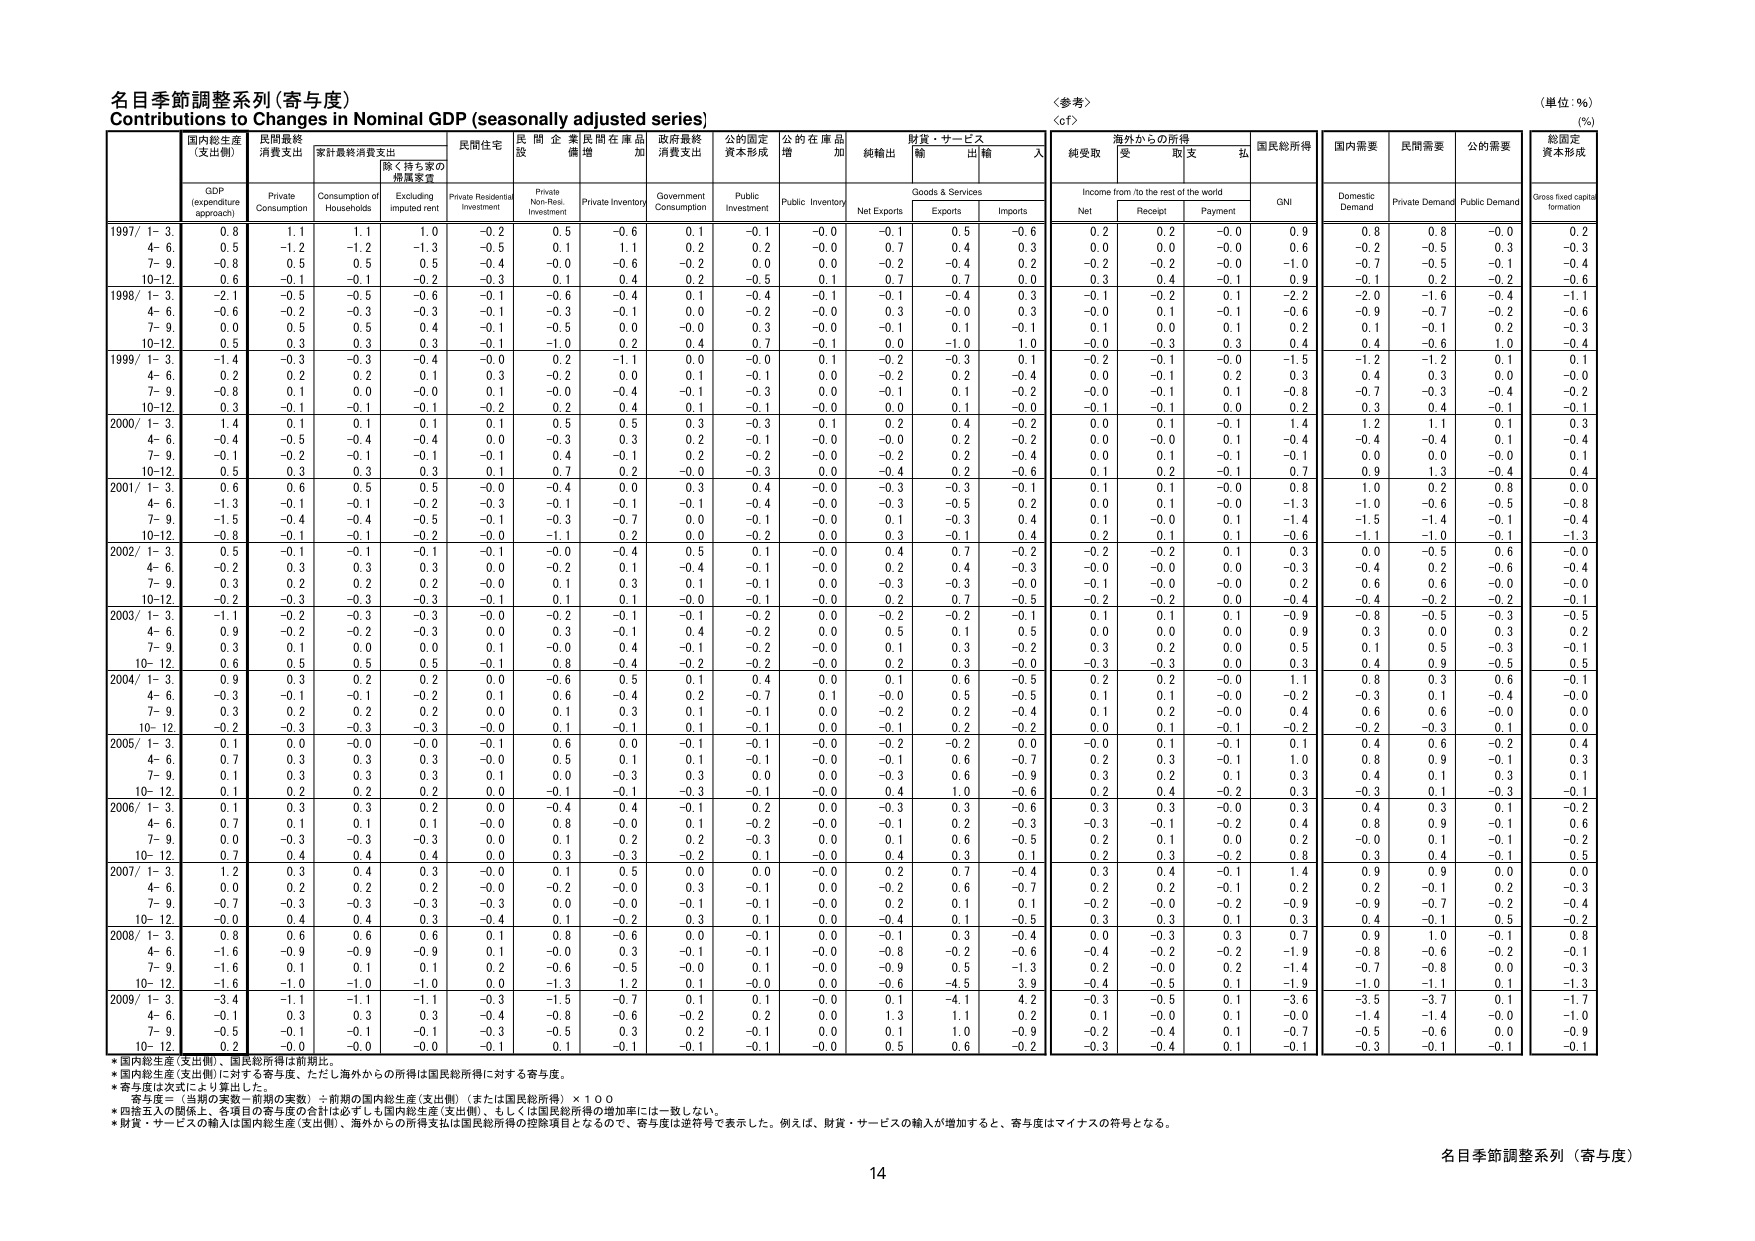
名目季節調整系列（寄与度）
Contributions to Changes in Nominal GDP (seasonally adjusted series)
〈参考〉
〈cf〉
（単位：%）
(%)

国内総生産
(支出側)
民間最終
消費支出
家計最終消費支出
除く持ち家の
賃貸家賃
民間住宅
民間企業
設備増
民間在庫品
加
政府最終
消費支出
公的固定
資本形成
公的在庫品
増
純輸出
財貨・サービス
輸出
輸入
海外からの所得
純受取
受
取支
払
国民総所得
国内需要
民間需要
公的需要
総固定
資本形成

GDP
(expenditure
approach)
Private
Consumption
Consumption of
Households
Excluding
imputed rent
Private Residential
Investment
Private Non-Resi.
Investment
Private Inventory
Government
Consumption
Public
Investment
Public Inventory
Net Exports
Goods & Services
Exports
Imports
Income from /to the rest of the world
Net
Receipt
Payment
GNI
Domestic
Demand
Private Demand
Public Demand
Gross fixed capital
formation

1997/ 1- 3.
0.8
1.1
1.1
1.0
-0.2
0.5
-0.6
0.1
-0.1
-0.0
-0.1
0.5
-0.6
0.2
0.2
-0.0
0.9
0.8
0.8
-0.0
0.2
4- 6.
0.5
-1.2
-1.2
-1.3
-0.5
0.1
1.1
0.2
0.2
-0.0
0.7
0.4
0.3
0.0
0.0
-0.0
0.6
-0.2
-0.5
0.3
-0.3
7- 9.
-0.8
0.5
0.5
0.5
-0.4
-0.0
-0.6
-0.2
0.0
0.0
-0.2
-0.4
0.2
-0.2
-0.2
-0.0
-1.0
-0.7
-0.5
-0.1
-0.4
10-12.
0.6
-0.1
-0.1
-0.2
-0.3
0.1
0.4
0.2
-0.5
0.1
0.7
0.7
0.0
0.3
0.4
-0.1
0.9
-0.1
0.2
-0.2
-0.6

1998/ 1- 3.
-2.1
-0.5
-0.5
-0.6
-0.1
-0.6
-0.4
0.1
-0.4
-0.1
-0.1
-0.4
0.3
-0.1
-0.2
0.1
-2.2
-2.0
-1.6
-0.4
-1.1
4- 6.
-0.6
-0.2
-0.3
-0.3
-0.1
-0.3
-0.1
0.0
-0.2
-0.0
0.3
-0.0
0.3
-0.0
0.1
-0.1
-0.6
-0.9
-0.7
-0.2
-0.6
7- 9.
0.0
0.5
0.5
0.4
-0.1
-0.5
0.0
-0.0
0.3
-0.0
-0.1
0.1
-0.1
0.1
0.0
0.1
0.2
0.1
-0.1
0.2
-0.3
10-12.
0.5
0.3
0.3
0.3
-0.1
-1.0
0.2
0.4
0.7
-0.1
0.0
-1.0
1.0
-0.0
-0.3
0.3
0.4
0.4
-0.6
1.0
-0.4

1999/ 1- 3.
-1.4
-0.3
-0.3
-0.4
-0.0
0.2
-1.1
0.0
-0.0
0.1
-0.2
-0.3
0.1
-0.2
-0.1
-0.0
-1.5
-1.2
-1.2
0.1
0.1
4- 6.
0.2
0.2
0.2
0.1
0.3
-0.2
0.0
0.1
-0.1
0.0
-0.2
0.2
-0.4
0.0
-0.1
0.2
0.3
0.4
0.3
0.0
-0.0
7- 9.
-0.8
0.1
0.0
-0.0
0.1
-0.0
-0.4
-0.1
-0.3
0.0
-0.1
0.1
-0.2
-0.0
-0.1
0.1
-0.8
-0.7
-0.3
-0.4
-0.2
10-12.
0.3
-0.1
-0.1
-0.1
-0.2
0.2
0.4
0.1
-0.1
-0.0
0.0
0.1
-0.0
-0.1
-0.1
0.0
0.2
0.3
0.4
-0.1
-0.1

2000/ 1- 3.
1.4
0.1
0.1
0.1
0.1
0.5
0.5
0.3
-0.3
0.1
0.2
0.4
-0.2
0.0
0.1
-0.1
1.4
1.2
1.1
0.1
0.3
4- 6.
-0.4
-0.5
-0.4
-0.4
0.0
-0.3
0.3
0.2
-0.1
-0.0
-0.0
0.2
-0.2
0.0
-0.0
0.1
-0.4
-0.4
-0.4
0.1
-0.4
7- 9.
-0.1
-0.2
-0.1
-0.1
-0.1
0.4
-0.1
0.2
-0.2
-0.0
-0.2
0.2
-0.4
0.0
0.1
-0.1
-0.1
0.0
0.0
-0.0
0.1
10-12.
0.5
0.3
0.3
0.3
0.1
0.7
0.2
-0.0
-0.3
0.0
-0.4
0.2
-0.6
0.1
0.2
-0.1
0.7
0.9
1.3
-0.4
0.4

2001/ 1- 3.
0.6
0.6
0.5
0.5
-0.0
-0.4
0.0
0.3
0.4
-0.0
-0.3
-0.3
-0.1
0.1
0.1
-0.0
0.8
1.0
0.2
0.8
0.0
4- 6.
-1.3
-0.1
-0.1
-0.2
-0.3
-0.1
-0.1
-0.1
-0.4
-0.0
-0.3
-0.5
0.2
0.0
0.1
-0.0
-1.3
-1.0
-0.6
-0.5
-0.8
7- 9.
-1.5
-0.4
-0.4
-0.5
-0.1
-0.3
-0.7
0.0
-0.1
-0.0
0.1
-0.3
0.4
0.1
-0.0
0.1
-1.4
-1.5
-1.4
-0.1
-0.4
10-12.
-0.8
-0.1
-0.1
-0.2
-0.0
-1.1
0.2
0.0
-0.2
0.0
0.3
-0.1
0.4
0.2
0.1
0.1
-0.6
-1.1
-1.0
-0.1
-1.3

2002/ 1- 3.
0.5
-0.1
-0.1
-0.1
-0.1
-0.0
-0.4
0.5
0.1
-0.0
0.4
0.7
-0.2
-0.2
-0.2
0.1
0.3
0.0
-0.5
0.6
-0.0
4- 6.
-0.2
0.3
0.3
0.3
0.0
-0.2
0.1
-0.4
-0.1
-0.0
0.2
0.4
-0.3
-0.0
-0.0
0.0
-0.3
-0.4
0.2
-0.6
-0.4
7- 9.
0.3
0.2
0.2
0.2
-0.0
0.1
0.3
0.1
-0.1
0.0
-0.3
-0.3
-0.0
-0.1
-0.0
-0.0
0.2
0.6
0.6
-0.0
-0.0
10-12.
-0.2
-0.3
-0.3
-0.3
-0.1
0.1
0.1
-0.0
-0.1
-0.0
0.2
0.7
-0.5
-0.2
-0.2
0.0
-0.4
-0.4
-0.2
-0.2
-0.1

2003/ 1- 3.
-1.1
-0.2
-0.3
-0.3
-0.0
-0.2
-0.1
-0.1
-0.2
0.0
-0.2
-0.2
-0.1
0.1
0.1
0.1
-0.9
-0.8
-0.5
-0.3
-0.5
4- 6.
0.9
-0.2
-0.2
-0.3
0.0
0.3
-0.1
0.4
-0.2
0.0
0.5
0.1
0.5
0.0
0.0
0.0
0.9
0.3
0.0
0.3
0.2
7- 9.
0.3
0.1
0.0
0.0
0.1
-0.0
0.4
-0.1
-0.2
-0.0
0.1
0.3
-0.2
0.3
0.2
0.0
0.5
0.1
0.5
-0.3
-0.1
10- 12.
0.6
0.5
0.5
0.5
-0.1
0.8
-0.4
-0.2
-0.2
-0.0
0.2
0.3
-0.0
-0.3
-0.3
0.0
0.3
0.4
0.9
-0.5
0.5

2004/ 1- 3.
0.9
0.3
0.2
0.2
0.0
-0.6
0.5
0.1
0.4
0.0
0.1
0.6
-0.5
0.2
0.2
-0.0
1.1
0.8
0.3
0.6
-0.1
4- 6.
-0.3
-0.1
-0.1
-0.2
0.1
0.6
-0.4
0.2
-0.7
0.1
-0.0
0.5
-0.5
0.1
0.1
-0.0
-0.2
-0.3
0.1
-0.4
-0.0
7- 9.
0.3
0.2
0.2
0.2
0.0
0.1
0.3
0.1
-0.1
0.0
-0.2
0.2
-0.4
0.1
0.2
-0.0
0.4
0.6
0.6
-0.0
0.0
10- 12.
-0.2
-0.3
-0.3
-0.3
-0.0
0.1
-0.1
0.1
-0.1
0.0
-0.1
0.2
-0.2
0.0
0.1
-0.1
-0.2
-0.2
-0.3
0.1
0.0

2005/ 1- 3.
0.1
0.0
-0.0
-0.0
-0.1
0.6
0.0
-0.1
-0.1
-0.0
-0.2
-0.2
0.0
-0.0
0.1
-0.1
0.1
0.4
0.6
-0.2
0.4
4- 6.
0.7
0.3
0.3
0.3
-0.0
0.5
0.1
0.1
-0.1
-0.0
-0.1
0.6
-0.7
0.2
0.3
-0.1
1.0
0.8
0.9
-0.1
0.3
7- 9.
0.1
0.3
0.3
0.3
0.1
0.0
-0.3
0.3
0.0
0.0
-0.3
0.6
-0.9
0.3
0.2
0.1
0.3
0.4
0.1
0.3
0.1
10- 12.
0.1
0.2
0.2
0.2
0.0
-0.1
-0.1
-0.3
-0.1
-0.0
0.4
1.0
-0.6
0.2
0.4
-0.2
0.3
-0.3
0.1
-0.3
-0.1

2006/ 1- 3.
0.1
0.3
0.3
0.2
0.0
-0.4
0.4
-0.1
0.2
0.0
-0.3
0.3
-0.6
0.3
0.3
-0.0
0.3
0.4
0.3
0.1
-0.2
4- 6.
0.7
0.1
0.1
0.1
-0.0
0.8
-0.0
0.1
-0.2
-0.0
-0.1
0.2
-0.3
-0.3
-0.1
-0.2
0.4
0.8
0.9
-0.1
0.6
7- 9.
0.0
-0.3
-0.3
-0.3
0.0
0.1
0.2
0.2
-0.3
0.0
0.1
0.6
-0.5
0.2
0.1
0.0
0.2
-0.0
0.1
-0.1
-0.2
10- 12.
0.7
0.4
0.4
0.4
0.0
0.3
-0.3
-0.2
0.1
-0.0
0.4
0.3
0.1
0.2
0.3
-0.2
0.8
0.3
0.4
-0.1
0.5

2007/ 1- 3.
1.2
0.3
0.4
0.3
-0.0
0.1
0.5
0.0
0.0
-0.0
0.2
0.7
-0.4
0.3
0.4
-0.1
1.4
0.9
0.9
0.0
0.0
4- 6.
0.0
0.2
0.2
0.2
-0.0
-0.2
-0.0
0.3
-0.1
0.0
-0.2
0.6
-0.7
0.2
0.2
-0.1
0.2
0.2
-0.1
0.2
-0.3
7- 9.
-0.7
-0.3
-0.3
-0.3
-0.3
0.0
-0.0
-0.1
-0.1
-0.0
0.2
0.1
0.1
-0.2
-0.0
-0.2
-0.9
-0.9
-0.7
-0.2
-0.4
10- 12.
-0.0
0.4
0.4
0.3
-0.4
0.1
-0.2
0.3
0.1
0.0
-0.4
0.1
-0.5
0.3
0.3
0.1
0.3
0.4
-0.1
0.5
-0.2

2008/ 1- 3.
0.8
0.6
0.6
0.6
0.1
0.8
-0.6
0.0
-0.1
0.0
-0.1
0.3
-0.4
0.0
-0.3
0.3
0.7
0.9
1.0
-0.1
0.8
4- 6.
-1.6
-0.9
-0.9
-0.9
0.1
-0.0
0.3
-0.1
-0.1
-0.0
-0.8
-0.2
-0.6
-0.4
-0.2
-0.2
-1.9
-0.8
-0.6
-0.2
-0.1
7- 9.
-1.6
0.1
0.1
0.1
0.2
-0.6
-0.5
-0.0
0.1
-0.0
-0.9
0.5
-1.3
0.2
-0.0
0.2
-1.4
-0.7
-0.8
0.0
-0.3
10- 12.
-1.6
-1.0
-1.0
-1.0
0.0
-1.3
1.2
0.1
-0.0
0.0
-0.6
-4.5
3.9
-0.4
-0.5
0.1
-1.9
-1.0
-1.1
0.1
-1.3

2009/ 1- 3.
-3.4
-1.1
-1.1
-1.1
-0.3
-1.5
-0.7
0.1
0.1
-0.0
0.1
-4.1
4.2
-0.3
-0.5
0.1
-3.6
-3.5
-3.7
0.1
-1.7
4- 6.
-0.1
0.3
0.3
0.3
-0.4
-0.8
-0.6
-0.2
0.2
0.0
1.3
1.1
0.2
0.1
-0.0
0.1
-0.0
-1.4
-1.4
-0.0
-1.0
7- 9.
-0.5
-0.1
-0.1
-0.1
-0.3
-0.5
0.3
0.2
-0.1
0.0
0.1
1.0
-0.9
-0.2
-0.4
0.1
-0.7
-0.5
-0.6
0.0
-0.9
10- 12.
0.2
-0.0
-0.0
-0.0
-0.1
0.1
-0.1
-0.1
-0.1
-0.0
0.5
0.6
-0.2
-0.3
-0.4
0.1
-0.1
-0.3
-0.1
-0.1
-0.1

*国内総生産（支出側）、国民総所得は前期比。
*国内総生産（支出側）に対する寄与度、ただし海外からの所得は国民総所得に対する寄与度。
*寄与度は次式により算出した。
　寄与度＝（当期の実数－前期の実数）÷前期の国内総生産（支出側）（または国民総所得）×１００
*四捨五入の関係上、各項目の寄与度の合計は必ずしも国内総生産（支出側）、もしくは国民総所得の増加率には一致しない。
*財貨・サービスの輸入は国内総生産（支出側）、海外からの所得支払は国民総所得の控除項目となるので、寄与度は逆符号で表示した。例えば、財貨・サービスの輸入が増加すると、寄与度はマイナスの符号となる。

名目季節調整系列（寄与度）
14